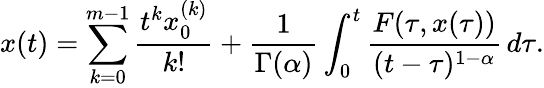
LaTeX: x(t)=\sum_{k=0}^{m-1}\frac{t^{k}x_{0}^{(k)}}{k!}+\frac{1}{\Gamma(\alpha)}\int_{0}^{t}\frac{F(\tau,x(\tau))}{(t-\tau)^{1-\alpha}}\, d\tau.